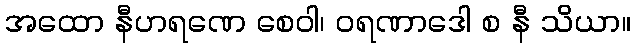
အထော နီဟရဏေ စေဝါ၊ ဝရဏာဒေါ စ နီ သိယာ။